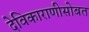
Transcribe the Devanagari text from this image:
देविकाराणीसोबत